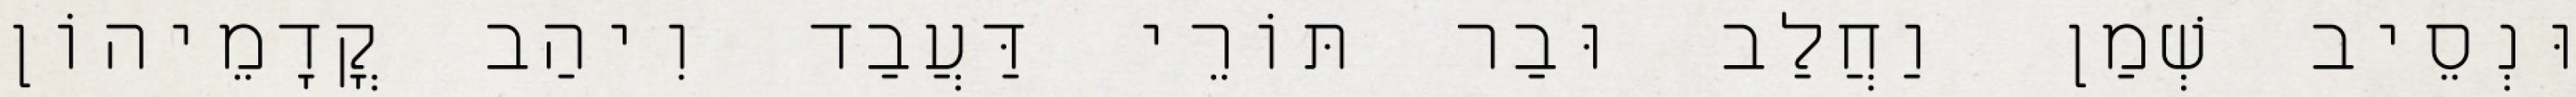
וּנְסֵיב שְׁמַן וַחֲלַב וּבַר תּוֹרֵי דַּעֲבַד וִיהַב קֳדָמֵיהוֹן